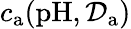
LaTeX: c_{\mathrm{a}}(\mathrm{pH},\mathcal{D}_{\mathrm{a}})